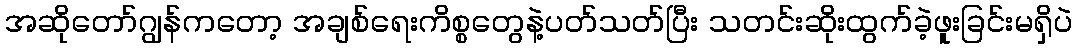
အဆိုတော်ဂျွန်ကတော့ အချစ်ရေးကိစ္စတွေနဲ့ပတ်သတ်ပြီး သတင်းဆိုးထွက်ခဲ့ဖူးခြင်းမရှိပဲ